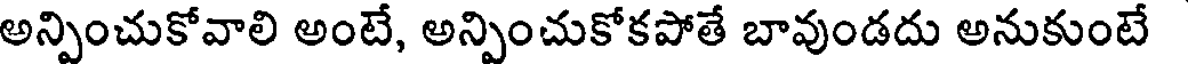
అన్పించుకోవాలి అంటే, అన్పించుకోకపోతే బావుండదు అనుకుంటే